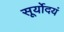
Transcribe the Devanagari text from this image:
सूर्योदयं